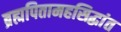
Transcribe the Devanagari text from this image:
ब्रह्मपितामहसिद्धांत